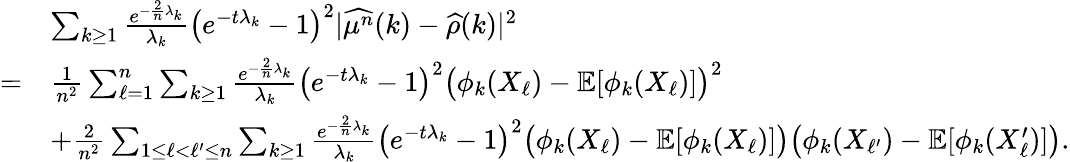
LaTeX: \begin{array}{rl}&{\sum_{k\geq 1}\frac{e^{-\frac{2}{n}\lambda_{k}}}{\lambda_{k}}\big(e^{-t\lambda_{k}}-1\big)^{2}\vert\widehat{\mu^{n}}(k)-\widehat{\rho}(k)\vert^{2}}\\ {=}&{\frac{1}{n^{2}}\sum_{\ell=1}^{n}\sum_{k\geq 1}\frac{e^{-\frac{2}{n}\lambda_{k}}}{\lambda_{k}}\big(e^{-t\lambda_{k}}-1\big)^{2}\big(\phi_{k}(X_{\ell})-\mathbb{E}[\phi_{k}(X_{\ell})]\big)^{2}}\\ &{+\frac{2}{n^{2}}\sum_{1\leq\ell<\ell^{\prime}\leq n}\sum_{k\geq 1}\frac{e^{-\frac{2}{n}\lambda_{k}}}{\lambda_{k}}\big(e^{-t\lambda_{k}}-1\big)^{2}\big(\phi_{k}(X_{\ell})-\mathbb{E}[\phi_{k}(X_{\ell})]\big)\big(\phi_{k}(X_{\ell^{\prime}})-\mathbb{E}[\phi_{k}(X_{\ell}^{\prime})]\big).}\end{array}